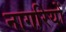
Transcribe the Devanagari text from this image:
नागरियों